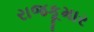
રાજકૂમાર